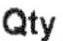
QTY